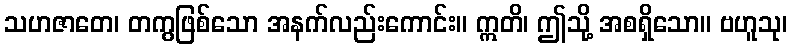
သဟဇာတေ၊ တကွဖြစ်သော အနက်လည်းကောင်း။ ဣတိ၊ ဤသို့ အစရှိသော။ ဗဟူသု၊